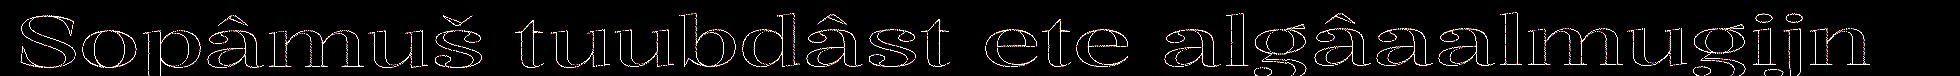
Sopâmuš tuubdâst ete algâaalmugijn